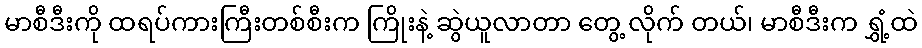
မာစီဒီးကို ထရပ်ကားကြီးတစ်စီးက ကြိုးနဲ့ ဆွဲယူလာတာ တွေ့ လိုက် တယ်၊ မာစီဒီးက ရွှံ့ထဲ